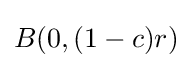
B(0,(1-c)r)